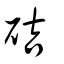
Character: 硈